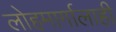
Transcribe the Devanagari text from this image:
लोहमार्गालाही